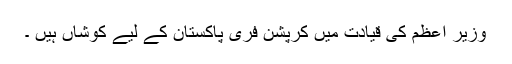
وزیر اعظم کی قیادت میں کرپشن فری پاکستان کے لیے کوشاں ہیں ۔